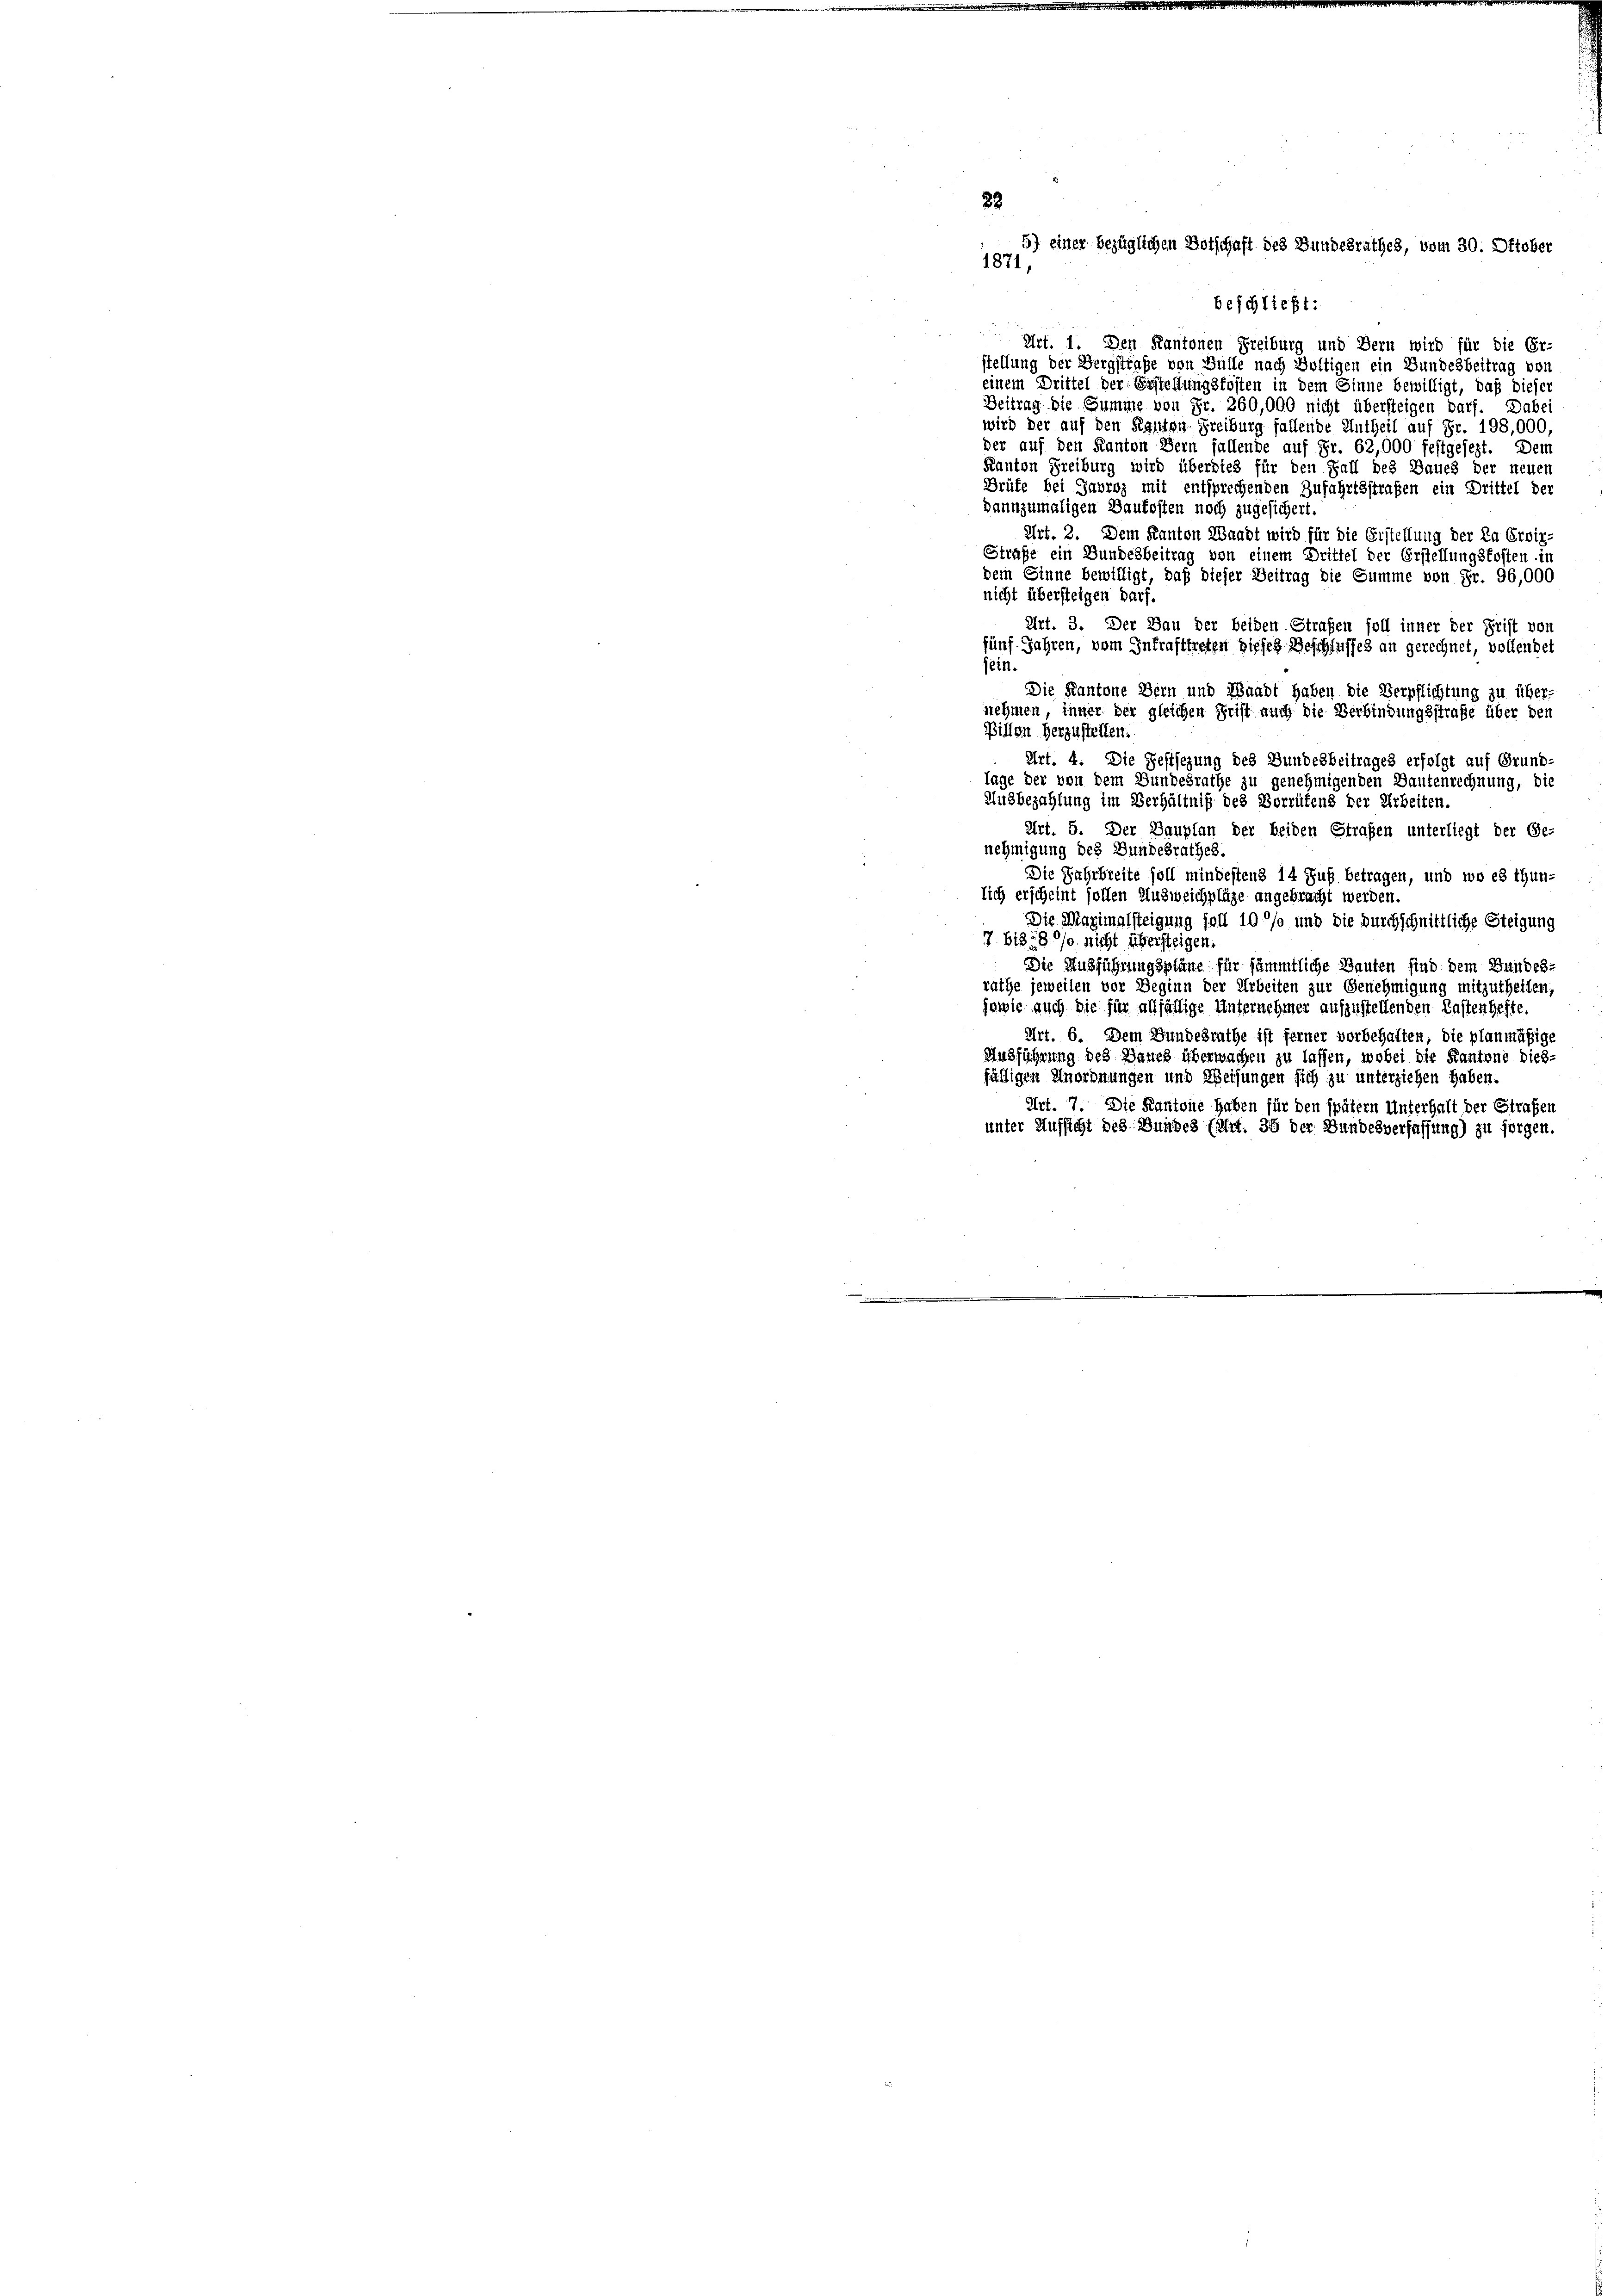
28
5) einer bezüglichen Botschaft des Bundesrathes, vom 30. Oktober
1871,

beschließt:
 Art. 1. Den Kantonen Freiburg und Bern wird für die Er-
stellung der Bergstrafe von Gülle nach Voltigen ein Bundesbeitrag von
einem Drittel der Erstellungsfosten in dem Sinne bewilligt, daß dieser
Beitrag die Summe von Fr. 260,000 nicht übersteigen darf. Dabe
wird der auf den Kanton Freiburg fallende Untheil auf Fr. 198,000,
der auf den Kanton Bern fallende auf Fr. 62,000 festgesezt. Dem
Kanton Freiburg wird überdieß für den Fall des Baues der neuen
Brüfe bei Sawroz mit entsprechenden Zufahrtsstraßen ein Drittel der
dannzumaligen Baukosten noch zugesichert
Art. 2. Dem Kanton Waadt wird für die Erstellung der Da Erpiz-
Straße ein Bundesbeitrag von einem Drittel der Erstellungskosten in
dem Sinne bewilligt, daß dieser Zeitrag die Summe von Fr. 96,000
nicht übersteigen darf.
Art. 3. Der Bau der beiden Straßen soll inner der Frist von
fünf Jahren, vom Inkrafttreten dieses Beschlusses an gerechnet, vollendet
jein.
Die Kantone Bern und Waadt haben die Verpflichtung zu übernehmen, inner der gleichen Frist auch die Verbindungsstraße über den
Billon herzustellen.
Art. 4. Die Festsezung des Bundesbeitrages erfolgt auf Grund-
lage der von dem Gundesrathe zu genehmigenden Dautenrechnung, die
Ausbezahlung im Verhältniß des Vorrüfens der Arbeiten.
Art. 5. Der Bauplan der beiden Strafen unterliegt der Ge-
nehmigung des Bundesrathes.
Die Fahrbreite soll mindestens 14 Fuß betragen, und wo es thun-
lich erscheint sollen Ausweichpläge angebracht werde,
Die Maximalsteigung soll 10 %% und die durchschnittliche Steigung
7. 618. 8. 10. nicht übersteigen.
Die Ausführungspläne für sämmtliche Bauten sind dem Bundes-
rathe jeweilen vor Beginn der Arbeiten zur Genehmigung mitzutheilen,
sowie auch die für allfällige Unternehmer aufzustellenden Kastenhefte.
Art. 6. Dem Bundesrathe ist ferner vorbehalten, die planmäßige
Ausführung des Baues überwachen zu lassen, wobei die Kantone dies-
fälligen Unordnungen und Weisungen sich zu unterziehen haben.
Art. 7. Die Kantone haben für den spätem Unterhalt der Strafen
unter Aufsicht des Bundes (Art. 35 der Bundesverfassung) zu sorgen